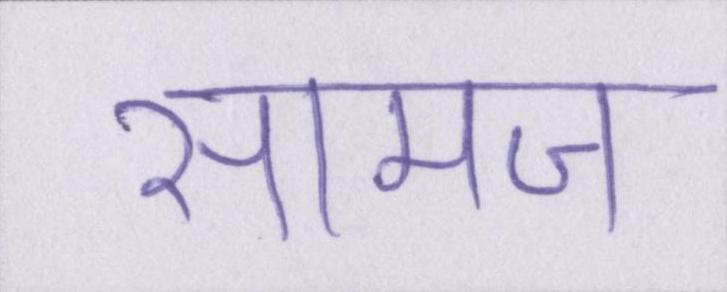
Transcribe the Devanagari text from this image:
सामज